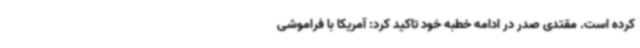
کرده است. مقتدی صدر در ادامه خطبه خود تاکید کرد: آمریکا با فراموشی